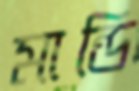
মান্ডি